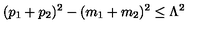
( p _ { 1 } + p _ { 2 } ) ^ { 2 } - ( m _ { 1 } + m _ { 2 } ) ^ { 2 } \le \Lambda ^ { 2 } \,